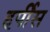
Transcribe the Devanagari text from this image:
हर्पीस